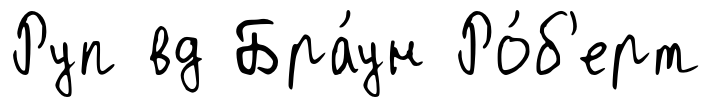
Руп вд Бра́ун Ро́б'ерт